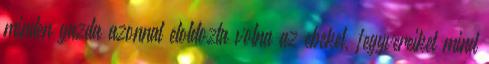
minden gazda azonnal eloldozta volna az ebeket, fegyvereiket mind